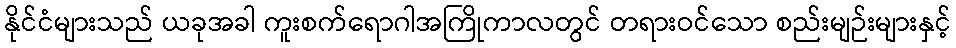
နိုင်ငံများသည် ယခုအခါ ကူးစက်ရောဂါအကြိုကာလတွင် တရားဝင်သော စည်းမျဉ်းများနှင့်